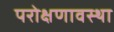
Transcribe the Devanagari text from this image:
परोक्षणावस्था